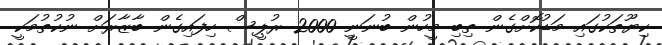
ކިޔޫތަކުގައި މަޑުކޮށްގެން ތިބި މީހުން ބުނަނީ 2000 ރުޕީސް ހިފައިގެން ބާޒާރަށް ނުކުތުމަކީ